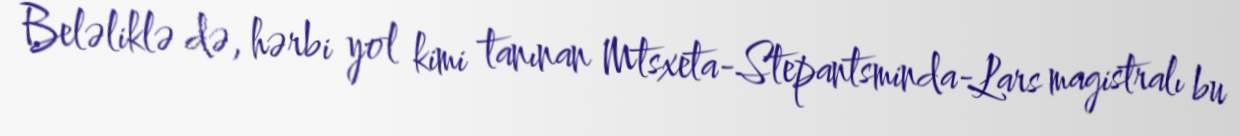
Beləliklə də, hərbi yol kimi tanınan Mtsxeta-Stepantsminda-Lars magistralı bu